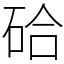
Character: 硆